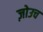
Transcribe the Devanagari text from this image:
ज़ोउच